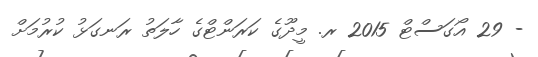
- 29 އޯގަސްޓް 2015 ރ. މީދޫގެ ކަރަންޓްގެ ހާލަތު ރަނގަޅު ކުރުމަށް